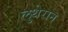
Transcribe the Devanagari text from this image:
लुथेरान